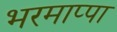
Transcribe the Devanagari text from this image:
भरमाप्पा